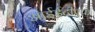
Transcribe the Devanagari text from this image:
आईईटीएफ़